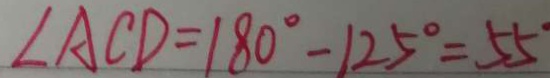
\angle A C D = 1 8 0 ^ { \circ } - 1 2 5 ^ { \circ } = 5 5